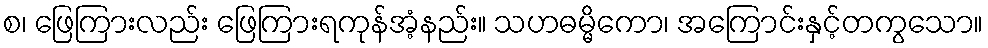
စ၊ ဖြေကြားလည်း ဖြေကြားရကုန်အံ့နည်း။ သဟဓမ္မိကော၊ အကြောင်းနှင့်တကွသော။